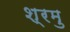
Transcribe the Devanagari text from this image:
श्रमु